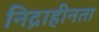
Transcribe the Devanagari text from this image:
निद्राहीनता